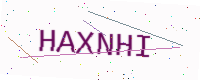
Text: HAXNHI